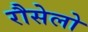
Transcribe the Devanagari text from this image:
रौसेलो